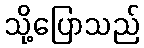
သို့ပြောသည်